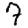
Digit: 7